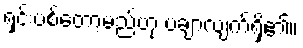
ရှင်းပစ်တော့မည်ဟု ပချာလျက်ရှိ၏။